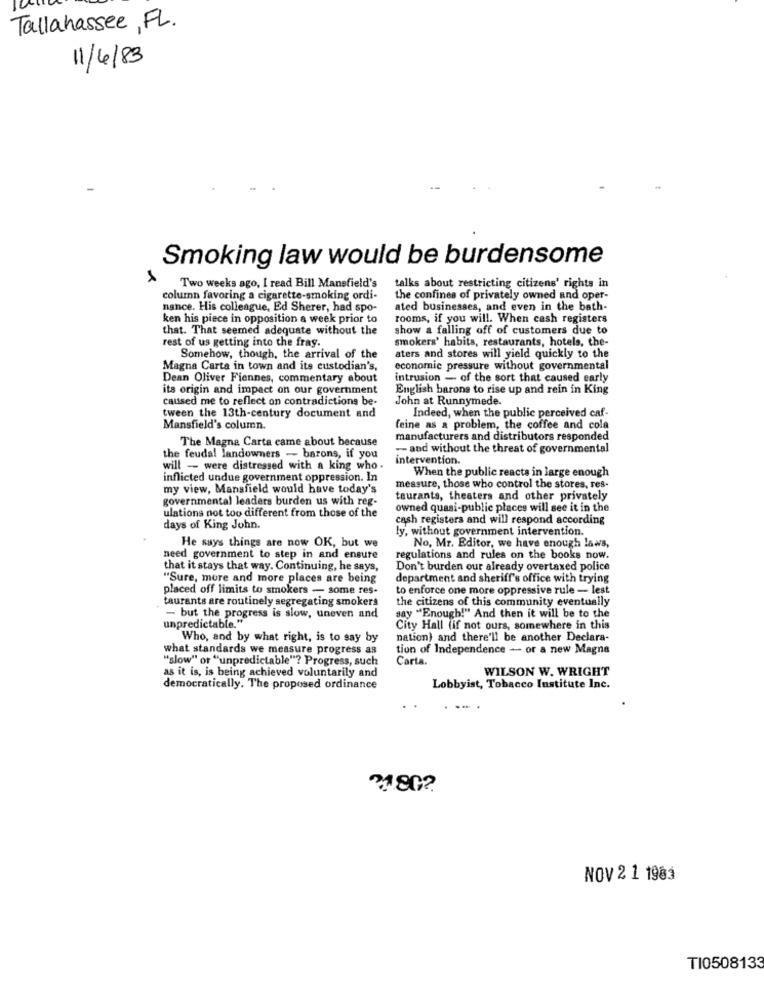
10
Tallahassee, FL.
11/4/83
Smoking law would be burdensome
Two weeks ago, I read Bill Mansfield's
talks about restricting citizens' rights in
column favoring a cigarette-smoking ordi-
the confines of privately owned and oper-
nance. His colleague, Ed Sherer, had spo-
ated businesses, and even in the bath-
ken his piece in opposition a week prior to
rooms, if you will. When cash registers
that. That seemed adequate without the
show a falling off of customers due to
smokers' habits, restaurants, hotels, the-
rest of us getting into the fray.
Somehow, though, the arrival of the
aters and stores will yield quickly to the
Magna Carta in town and its custodian's,
economic pressure without governmental
Dean Oliver Fiennes, commentary about
intrusion - of the sort that caused early
its origin and impact on our government
English barons to rise up and rein in King
caused me to reflect on contradictions be-
John at Runnymede.
tween the 13th-century document and
Indeed, when the public perceived caf-
Mansfield's column.
feine as a problem, the coffee and cola
The Magna Carta came about because
manufacturers and distributors responded
- and without the threat of governmental
the feudal landowners - barons, if you
intervention.
will - were distressed with a king who.
When the public reacts in large enough
inflicted undue government oppression. In
my view, Mansfield would have today's
measure, those who control the stores, res-
governmental leaders burden us with reg-
teurants, theaters and other privately
ulations not too different from those of the
owned quasi-public places will see it in the
cash registers and will respond according
days of King John.
ly, without government intervention.
He says things are now OK, but we
No, Mr. Editor, we have enough laws,
need government to step in and ensure
regulations and rules on the books now.
that it stays that way. Continuing, he says,
Don't burden our already overtaxed police
"Sure, more and more places are being
department and sheriff's office with trying
placed off limits to smokers - some res-
to enforce one more oppressive rule - lest
taurants are routinely segregating smokers
the citizens of this community eventually
- but the progress is slow, uneven and
unpredictable."
say "Enough!" And then it will be to the
City Hall (if not ours, somewhere in this
Who, and by what right, is to say by
nation) and there'll be another Declara-
what standards we measure progress as
tion of Independence -- or a new Magna
"slow" or "unpredictable"? Progress, such
Carta.
as it is, is being achieved voluntarily and
WILSON W. WRIGHT
democratically. The proposed ordinance
Lobbyist, Tobacco Institute Inc.
NOV 2 1 1903
TI0508133